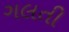
ગલતી